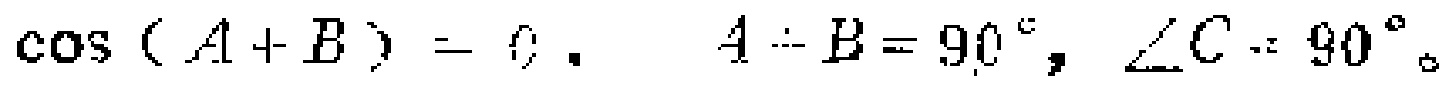
\(\cos(A + B) = 0,\ A + B = 90^{\circ},\ \angle C = 90^{\circ}\)